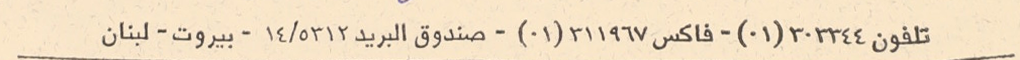
تلفون ٣٠٣٣٤٤(٠١) - فاكس ٣١١٩٦٧(٠١) - صندوق البريد ٥٣١٢/١٤ - بيروت - لبنان